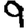
Digit: 9